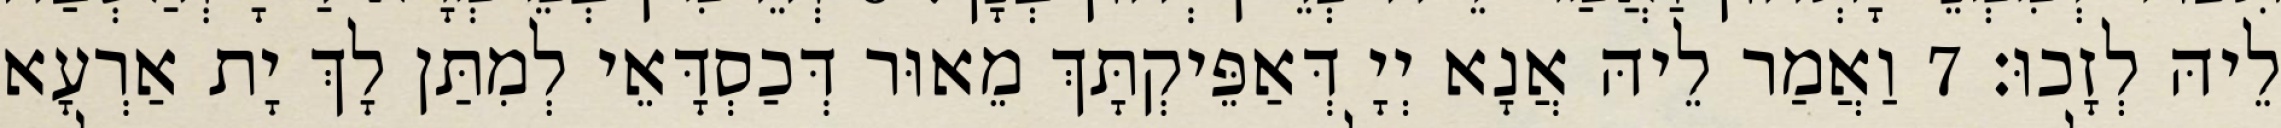
לֵיהּ לְזָכוּ׃ 7 וַאֲמַר לֵיהּ אֲנָא יְיָ דְּאַפֵּיקְתָּךְ מֵאוּר דְּכַסְדָּאֵי לְמִתַּן לָךְ יָת אַרְעָא